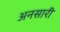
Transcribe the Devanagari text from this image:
अनसारी